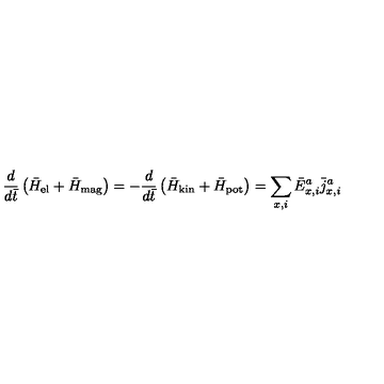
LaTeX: { \frac { d } { d \bar { t } } } \left( \bar { H } _ { \mathrm { e l } } + \bar { H } _ { \mathrm { m a g } } \right) = - { \frac { d } { d \bar { t } } } \left( \bar { H } _ { \mathrm { k i n } } + \bar { H } _ { \mathrm { p o t } } \right) = \sum _ { x , i } \bar { E } _ { x , i } ^ { a } { \bar { j } } _ { x , i } ^ { a }